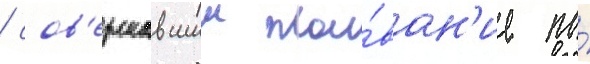
/ сов'ершавшии пла́ван'ие по́